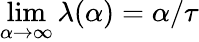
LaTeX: \operatorname*{lim}_{\alpha\to\infty}\lambda(\alpha)=\alpha/\tau